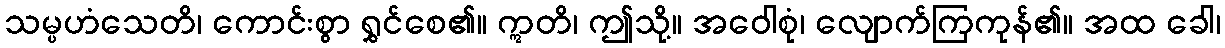
သမ္ပဟံသေတိ၊ ကောင်းစွာ ရွှင်စေ၏။ ဣတိ၊ ဤသို့။ အဝေါစုံ၊ လျောက်ကြကုန်၏။ အထ ခေါ၊